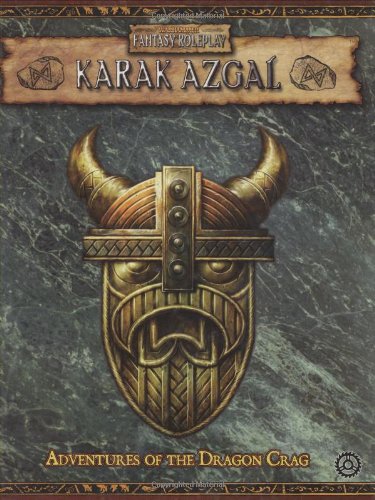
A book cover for Warhammer RPG: Karak Azgal (Warhammer Fantasy Roleplay); William Simoni; Science Fiction & Fantasy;